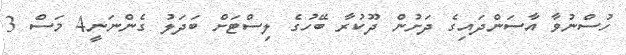
ހުސްނުވާ އާސަންދައިގެ ދަށުން ދޫކުރާ ބޭހުގެ ލިސްޓަށް ބަދަލު ގެންނަނީ4 މަސް 3